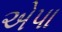
એપા